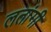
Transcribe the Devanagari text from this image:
लतांगी